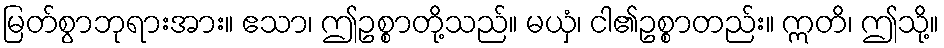
မြတ်စွာဘုရားအား။ ဧသာ၊ ဤဥစ္စာတို့သည်။ မယှံ၊ ငါ၏ဥစ္စာတည်း။ ဣတိ၊ ဤသို့။